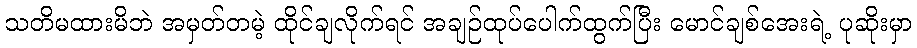
သတိမထားမိဘဲ အမှတ်တမဲ့ ထိုင်ချလိုက်ရင် အချဉ်ထုပ်ပေါက်ထွက်ပြီး မောင်ချစ်အေးရဲ့ ပုဆိုးမှာ